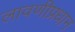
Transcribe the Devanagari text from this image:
लावणीप्रधान